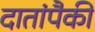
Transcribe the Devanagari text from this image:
दातांपैकी